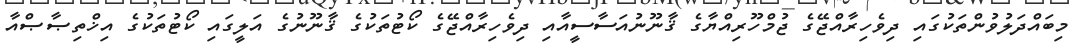
މިބައްދަލުވުންތަކުގައި ދިވެހިރާއްޖޭގެ ޖުމްހޫރިއްޔާގެ ޤާނޫނުއަސާސީއާއި ދިވެހިރާއްޖޭގެ ކޯޓުތަކުގެ ޤާނޫނުގެ އަލީގައި ކޯޓުތަކުގެ އިޚްތިޞާޞްއާ